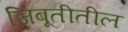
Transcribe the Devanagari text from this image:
जिबूतीतील